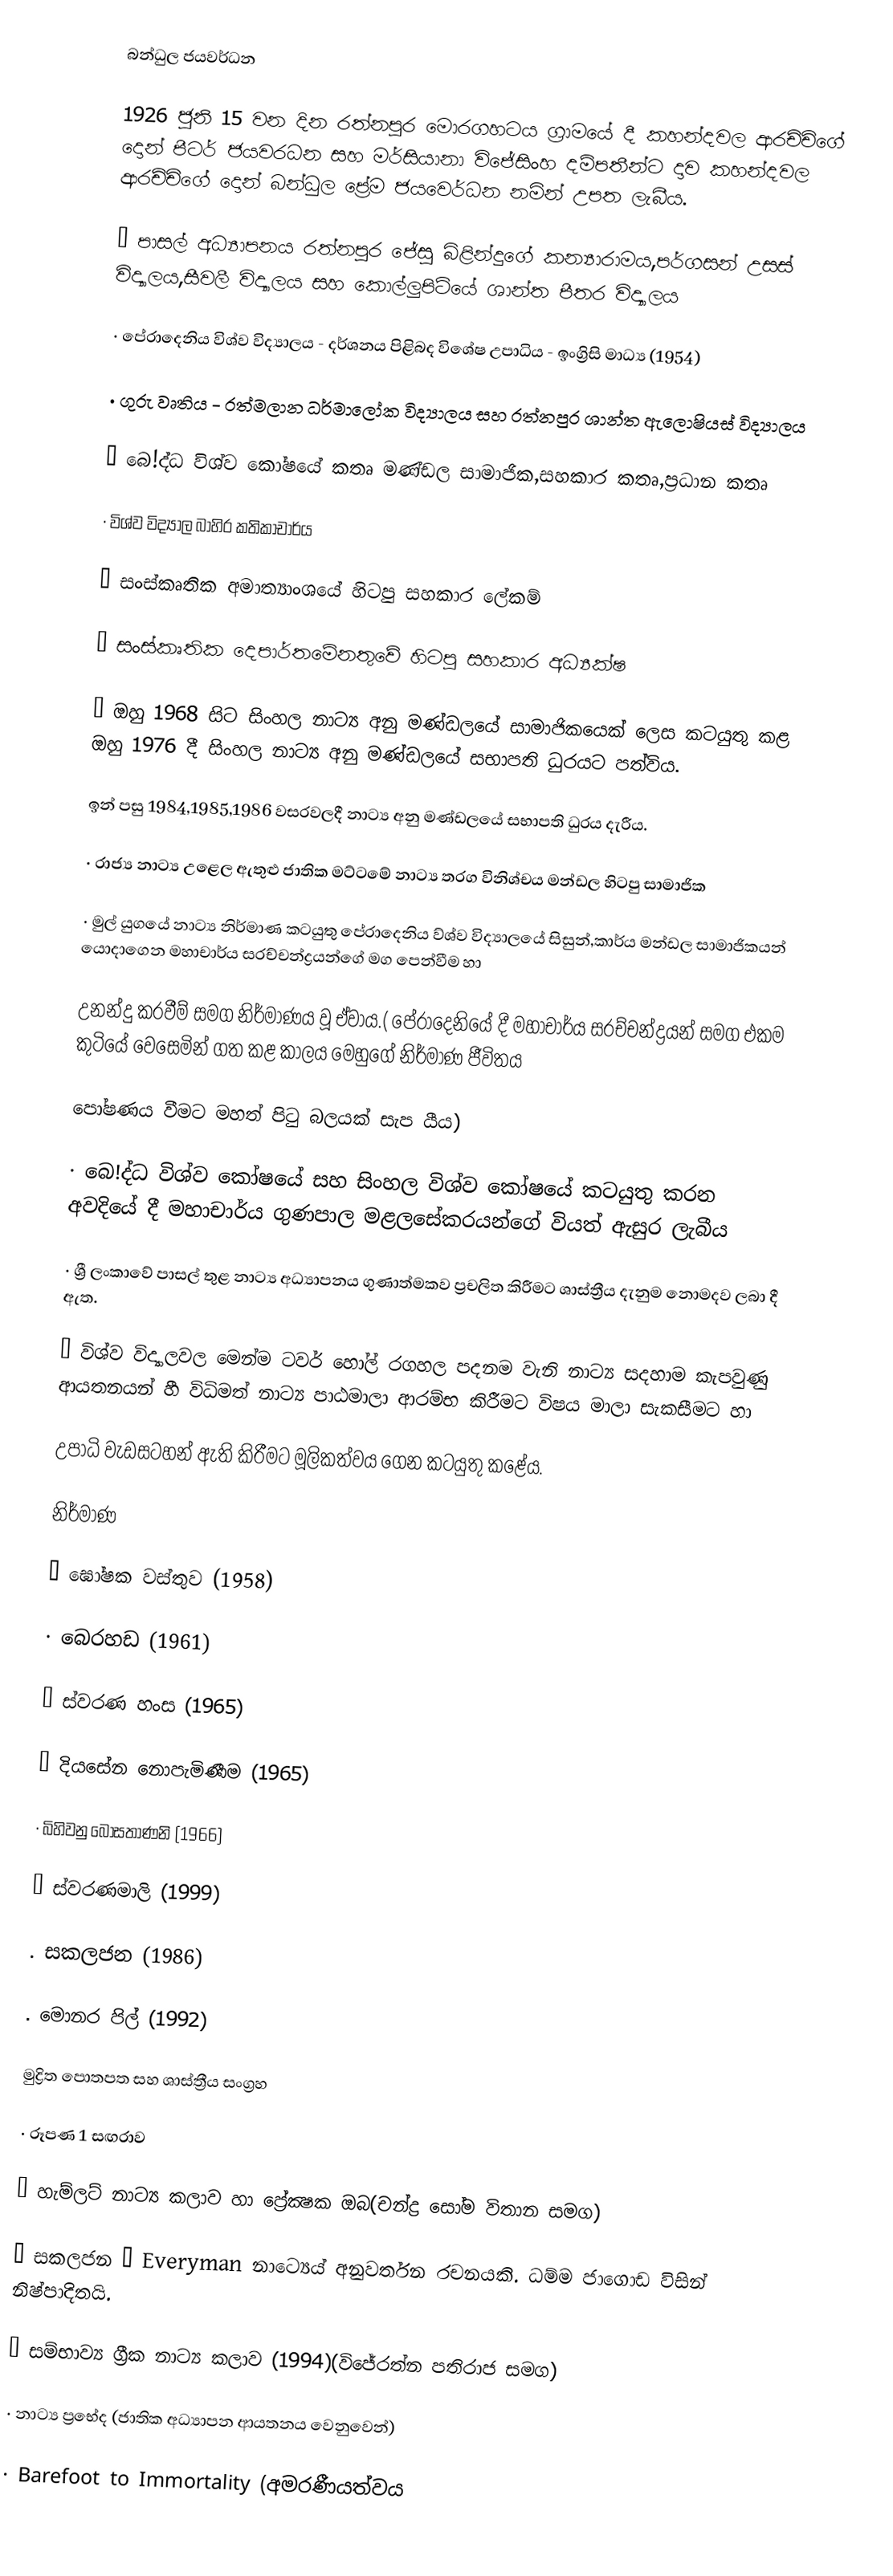
බන්ධුල ජයවර්ධන

1926 ජුනි 15 වන දින රත්නපුර මොරගහටය ග්‍රාමයේ දී කහන්දවල ආරච්චිගේ දොන් පීටර් ජයවරධන සහ මර්සියානා විජේසිංහ දම්පතීන්ට දාව කහන්දවල   ආරච්චිගේ දොන් බන්ධුල ප්‍රේම ජයවෙර්ධන නමින් උපත ලැබීය.

·        පාසල් අධ්‍යාපනය රත්නපුර ජේසු බිළින්දුගේ කන්‍යාරාමය,පර්ගසන් උසස් විද්‍යාලය,සීවලී විද්‍යාලය සහ කොල්ලුපිටියේ ශාන්ත පීතර විද්‍යාලය

·        පේරාදෙනිය විශ්ව විද්‍යාලය - දර්ශනය පිළිබද විශේෂ උපාධිය - ඉංග්‍රිසි මාධ්‍ය (1954)

·        ගුරු වෘතිය - රත්මලාන ධර්මාලෝක විද්‍යාලය සහ රත්නපුර ශාන්ත ඇලොෂියස් විද්‍යාලය

·        බෙ!ද්ධ විශ්ව කෝෂයේ කතෘ මණ්ඩල සාමාජික,සහකාර කතෘ,ප්‍රධාන කතෘ

·        විශ්ව විද්‍යාල බාහිර කතිකාචාර්ය

·        සංස්කෘතික අමාත්‍යාංශයේ හිටපු සහකාර ලේකම්

·        සංස්කෘතික දෙපාර්තමේනතුවේ හිටපු සහකාර අධ්‍යක්ෂ

·        ඔහු 1968 සිට සිංහල නාට්‍ය අනු මණ්ඩලයේ සාමාජිකයෙක් ලෙස කටයුතු කළ ඔහු 1976 දී සිංහල නාට්‍ය අනු මණ්ඩලයේ සභාපති ධුරයට පත්විය.

ඉන් පසු 1984,1985,1986 වසරවලදී නාට්‍ය අනු මණ්ඩලයේ සභාපති ධුරය දැරීය.

·        රාජ්‍ය නාට්‍ය උළෙල ඇතුළු ජාතික මට්ටමේ නාට්‍ය තරග විනිශ්චය මන්ඩල හිටපු සාමාජික

·        මුල් යුගයේ නාට්‍ය නිර්මාණ කටයුතු පේරාදෙනිය ව්ශ්ව විද්‍යාලයේ සිසුන්,කාර්ය මන්ඩල සාමාජිකයන් යොදාගෙන මහාචාර්ය සරච්චන්ද්‍රයන්ගේ මග පෙන්වීම හා

උනන්දු කරවීම් සමග නිර්මාණය වූ ඒවාය.( පේරාදෙනියේ දී මහාචාර්ය සරච්චන්ද්‍රයන් සමග එකම කුටියේ වෙසෙමින්  ගත කළ කාලය මෙහුගේ නිර්මාණ ජීවිතය

පෝෂණය       වීමට මහත් පිටු බලයක් සැප යීය)

·        බෙ!ද්ධ විශ්ව කෝෂයේ සහ සිංහල විශ්ව කෝෂයේ කටයුතු කරන අවදියේ දී මහාචාර්ය ගුණපාල මළලසේකරයන්ගේ වියත් ඇසුර ලැබීය

·        ශ්‍රී ලංකාවේ පාසල් තුළ නාට්‍ය අධ්‍යාපනය ගුණාත්මකව ප්‍රචලිත කිරීමට ශාස්ත්‍රීය දැනුම නොමදව ලබා දී ඇත.

·        විශ්ව විද්‍යාලවල මෙන්ම ටවර් හෝල් රගහල පදනම වැනි  නාට්‍ය සදහාම කැපවුණු ආයතනයන් හී විධිමත් නාට්‍ය පාඨමාලා ආරම්භ කිරීමට විෂය මාලා සැකසීමට හා

උපාධි වැඩසටහන් ඇති කිරීමට මූලිකත්වය ගෙන කටයුතු කළේය.

නිර්මාණ

·        ඝෝෂක වස්තුව (1958)

·        බෙරහඩ (1961)

·        ස්වරණ හංස (1965)

·        දියසේන නොපැමිණීම (1965)

·        බිහිවනු බෝසතාණනි (1966)

·        ස්වරණමාලි (1999)

.         සකලජන (1986)

.         මොනර පිල් (1992)

මුද්‍රිත පොතපත සහ ශාස්ත්‍රීය සංග්‍රහ

·        රූපණ 1 සඟරාව

·        හැම්ලට් නාට්‍ය කලාව  හා ප්‍රේක්‍ෂක ඔබ(චන්ද්‍ර සෝම විතාන සමග)

·        සකලජන  – Everyman නාට්‍යෙය් අනුවර්තන රචනයකි. ධම්ම ජාගොඩ විසින් නිෂ්පාදිතයි.

·        සම්භාව්‍ය ග්‍රීක නාට්‍ය කලාව (1994)(විජේරත්න පතිරාජ සමග)

·        නාට්‍ය ප්‍රභේද (ජාතික අධ්‍යාපන ආයතනය වෙනුවෙන්)

·        Barefoot to Immortality (අමරණීයත්වය